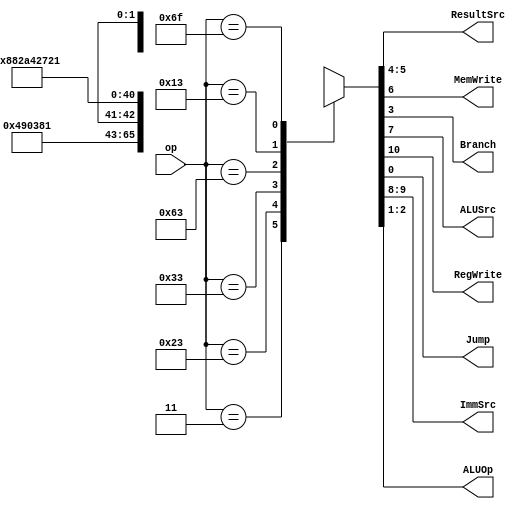
`timescale 1ns / 1ps
//////////////////////////////////////////////////////////////////////////////////
// Company: 
// Engineer: 
// 
// Design Name: 
// Module Name: maindec
// Project Name: 
// Target Devices: 
// Tool Versions: 
// Description: 
// 
// Dependencies: 
// 
// Revision:
// Revision 0.01 - File Created
// Additional Comments:
// 
//////////////////////////////////////////////////////////////////////////////////


module maindec(
    input       [6:0]       op          ,
    output      [1:0]       ResultSrc   ,
    output                  MemWrite    ,
    output                  Branch      , 
    output                  ALUSrc      ,
    output                  RegWrite    , 
    output                  Jump        ,
    output      [1:0]       ImmSrc      ,
    output      [1:0]       ALUOp
    );
    // reg define
    reg [10:0] controls;
    assign {RegWrite, ImmSrc, ALUSrc, MemWrite,ResultSrc, Branch, ALUOp, Jump} = controls;
    always@(*)begin
       case(op)
       // RegWrite_ImmSrc_ALUSrc_MemWrite_ResultSrc_Branch_ALUOp_Jump
          7'b0000011: controls = 11'b1_00_1_0_01_0_00_0; // lw
          7'b0100011: controls = 11'b0_01_1_1_00_0_00_0; // sw
          7'b0110011: controls = 11'b1_xx_0_0_00_0_10_0; // R-type
          7'b1100011: controls = 11'b0_10_0_0_00_1_01_0; // beq
          7'b0010011: controls = 11'b1_00_1_0_00_0_10_0; // I-type ALU
          7'b1101111: controls = 11'b1_11_0_0_10_0_00_1; // jal
           default:      controls = 11'bx_xx_x_x_xx_x_xx_x; // ??? 
        endcase
    end


endmodule